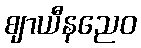
ဈာယီနညေဝ